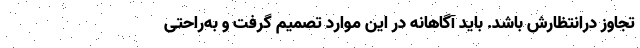
تجاوز درانتظارش باشد. باید آگاهانه در این موارد تصمیم گرفت و به‌راحتی